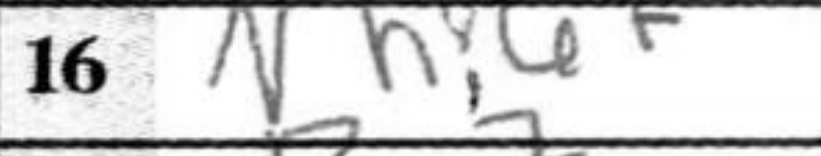
Transcription: Nh6+